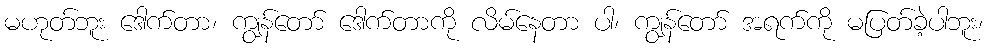
မဟုတ်ဘူး ဒေါက်တာ၊ ကျွန်တော် ဒေါက်တာကို လိမ်နေတာ ပါ၊ ကျွန်တော် အရက်ကို မပြတ်ခဲ့ပါဘူး၊